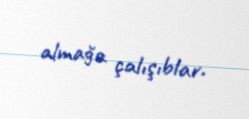
almağa çalışıblar.